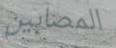
المصابين